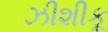
ઝીશીકૂ